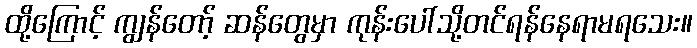
ထို့ကြောင့် ကျွန်တော့် ဆန်တွေမှာ ကုန်းပေါ်သို့တင်ရန်နေရာမရသေး။